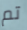
تم